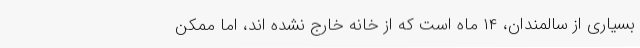
بسیاری از سالمندان، ۱۴ ماه است که از خانه خارج نشده اند، اما ممکن